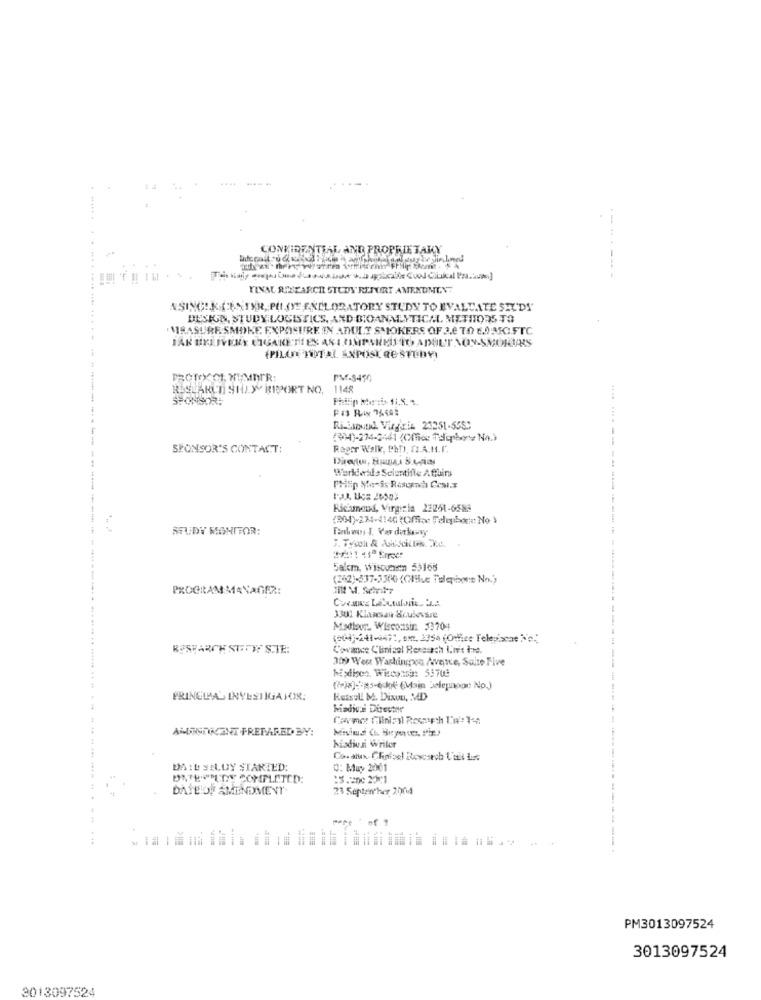
....
CONFIDENTIAL AND PROPRIETAKY
.....
--------
FINAL SISEARCH STUDY' REFURT AMENDMENT
ASINGSK ESTYR, PEL(YE FALLORATORY STUDY TO EVALUATE SELDY
DESIGN, STUDY LOGISTICS, AND BIOANALYTICAL METITORS TO
" MRASURE SMOKE EXPOSURE IN ADULT SMOKERS OF 3.0 TO E.ARICIFTC
(PILOT TOTAL AXPOST RE STEDVI
PROTIYCCI MIMDIR:
PM-8450
RUSLARCO SILY RIPORT NO,
1148
--
(3))-274-2441 (Office TelqpbxNo.)
SPONSOR'S CONTACT:
Rager Walk, PhT), TI.A.H. I.
Werkedle Scientific Atuin
Philip Morris Resumes Cost.s
Riciumnad, Virginia 23251-6583
(RM)-274-1140 (Office Telephone: No )
STUDY MONITOR:
5afcm, Wiscunen 53168
(242)-837-3300 (Chile Telephone No.)
PROGRAM MANAGER:
3301 Klassan Soulevere
Madison, Wisconsin 33704
RESEARCH STITY STE:
Covance Clinical Research I.n't he.
309 Weer Washingon /wvence, Salte Five
hisdiscs Wisconsin 53708
())-3-4 (Main elephpor: No.)
PRINCIPAL INVESTIGATOR;
Reisel M. Dixon, MD
kiadive Directie
AMRODOCENT PREPARED BY:
hisdivs writer
DAIL SELUY STARTED:
0: Muy 2001
44
DATEIOF AMENDEMENT
23 Septenther 2004
PM3013097524
3013097524
3013097524